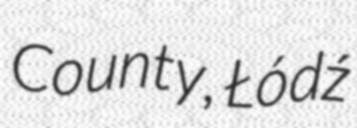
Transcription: County, Łódź